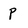
Character: P